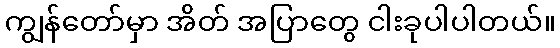
ကျွန်တော်မှာ အိတ် အပြာတွေ ငါးခုပါပါတယ်။